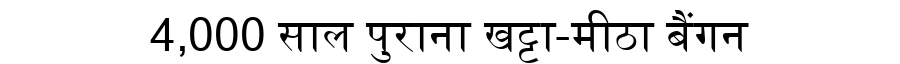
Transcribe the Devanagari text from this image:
4,000 साल पुराना खट्टा-मीठा बैंगन